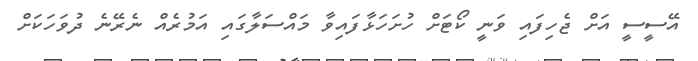
އޭސީސީ އަށް ޖެހިފައި ވަނީ ކޯޓަށް ހުށަހަޅާފައިވާ މައްސަލާގައި އަމުރެއް ނެރޭނެ ދުވަހަކަށް